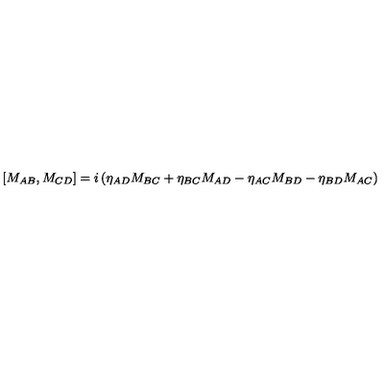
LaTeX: [ M _ { A B } , M _ { C D } ] = i \left( \eta _ { A D } M _ { B C } + \eta _ { B C } M _ { A D } - \eta _ { A C } M _ { B D } - \eta _ { B D } M _ { A C } \right)